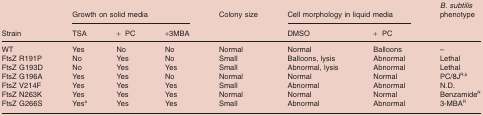
<table><thead><tr><td rowspan="2"><b>Strain</b></td><td colspan="3"><b>Growth on solid media</b></td><td><b>Colony size</b></td><td colspan="2"><b>Cell morphology in liquid media</b></td><td><b><i>B. subtilis</i> phenotype</b></td></tr><tr><td><b>TSA</b></td><td><b>+ PC</b></td><td><b>+3MBA</b></td><td></td><td><b>DMSO</b></td><td><b>+ PC</b></td><td></td></tr></thead><tbody><tr><td>WT</td><td>Yes</td><td>No</td><td>No</td><td>Normal</td><td>Normal</td><td>Balloons</td><td>–</td></tr><tr><td>FtsZ R191P</td><td>No</td><td>Yes</td><td>No</td><td>Small</td><td>Balloons, lysis</td><td>Abnormal</td><td>Lethal</td></tr><tr><td>FtsZ G193D</td><td>No</td><td>Yes</td><td>Yes</td><td>Small</td><td>Abnormal, lysis</td><td>Abnormal</td><td>Lethal</td></tr><tr><td>FtsZ G196A</td><td>Yes</td><td>Yes</td><td>No</td><td>Normal</td><td>Normal</td><td>Normal</td><td>PC/8J<sup>R,b</sup></td></tr><tr><td>FtsZ V214F</td><td>Yes</td><td>Yes</td><td>Yes</td><td>Small</td><td>Abnormal</td><td>Abnormal</td><td>N.D.</td></tr><tr><td>FtsZ N263K</td><td>Yes</td><td>Yes</td><td>Yes</td><td>Normal</td><td>Normal</td><td>Normal</td><td>Benzamide<sup>R</sup></td></tr><tr><td>FtsZ G266S</td><td>Yesa</td><td>Yes</td><td>Yes</td><td>Small</td><td>Abnormal</td><td>Abnormal</td><td>3‐MBA<sup>R</sup></td></tr></tbody></table>